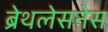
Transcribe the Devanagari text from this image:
ब्रेथलेसनेस